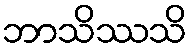
ဘာသိဿသိ